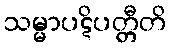
သမ္မာပဋိပတ္တီတိ